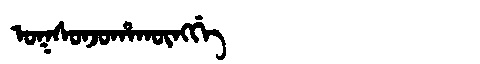
Manchu: ᠣᡴᠰᠣᠨᠵᠣᡥᠠᡴᡡᠩᡤᡝ
Romanization: OKSONJOHAKŪNGGE